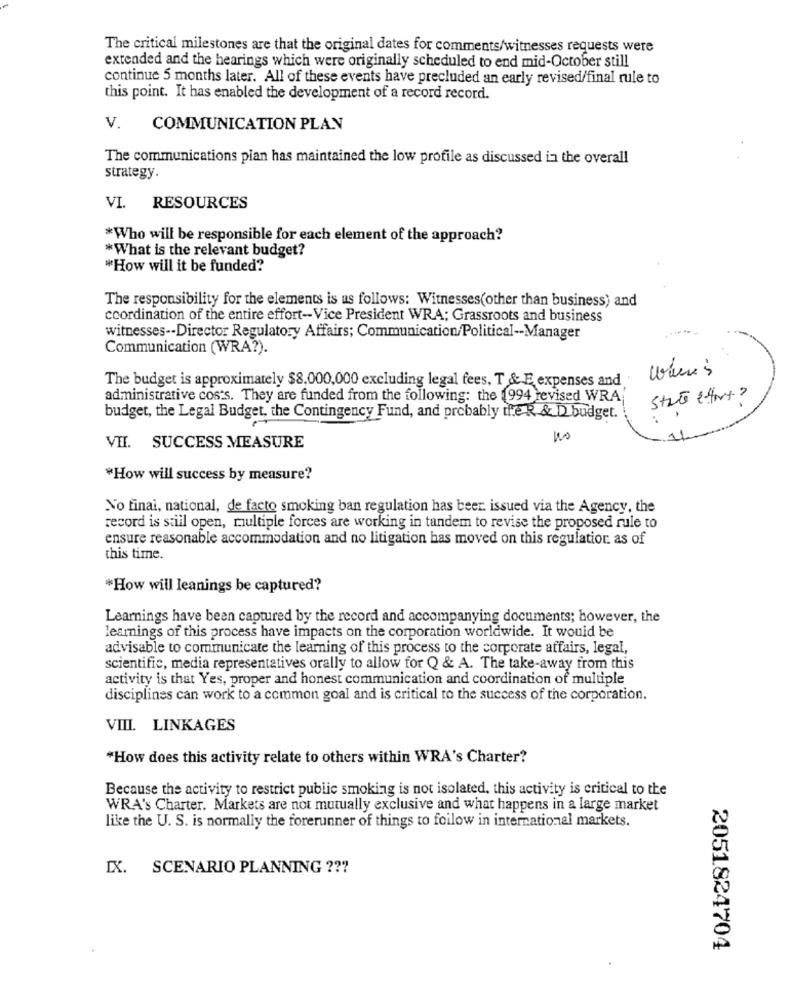
The critical milestones are that the original dates for comments/witnesses requests were
extended and the hearings which were originally scheduled to end mid-October still
continue 5 months later. All of these events have precluded an early revised/final rule to
this point. It has enabled the development of a record record.
V.
COMMUNICATION PLAN
The communications pian has maintained the low profile as discussed in the overall
strategy.
VI. RESOURCES
*Who will be responsible for each element of the approach?
*What is the relevant budget?
*How will it be funded?
The responsibility for the elements is as follows: Witnesses(other than business) and
coordination of the entire effort -- Vice President WRA; Grassroots and business
witnesses -- Director Regulatory Affairs; Communication/Political -- Manager
Communication (WRA?).
.J
The budget is approximately $8.000,000 excluding legal fees, T & E expenses and
administrative costs. They are funded from the following: the 1994 revised WRA
State efforts
budget, the Legal Budget, the Contingency Fund, and probably theR & D budget.
VII. SUCCESS MEASURE
"How will success by measure?
No final, national, de facto smoking ban regulation has beer. issued via the Agency, the
record is still open, multiple forces are working in tandem to revise the proposed rule to
ensure reasonable accommodation and no litigation has moved on this regulation. as of
this time.
*How will leanings be captured?
Learnings have been captured by the record and accompanying documents; however, the
learnings of this process have impacts on the corporation worldwide. It would be
advisable to communicate the learning of this process to the corporate affairs, legal,
scientific, media representatives orally to allow for Q & A. The take-away from this
activity is that Yes, proper and honest communication and coordination of multiple
disciplines can work to a common goal and is critical to the success of the corporation.
VIII. LINKAGES
"How does this activity relate to others within WRA's Charter?
Because the activity to restrict public smoking is not isolated, this activity is critical to the
WRA's Charter. Markets are not mutually exclusive and what happens in a large market
like the U. S. is normally the forerunner of things to foilow in international markets.
IX. SCENARIO PLANNING ???
2051824704